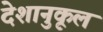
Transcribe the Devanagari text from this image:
देशानुकूल